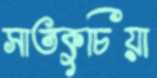
সাতকুচিয়া